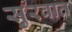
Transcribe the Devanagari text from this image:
सुुरवात